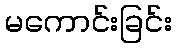
မကောင်းခြင်း